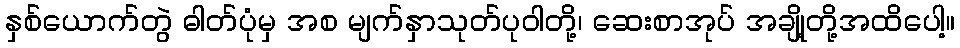
နှစ်ယောက်တွဲ ဓါတ်ပုံမှ အစ မျက်နှာသုတ်ပုဝါတို့၊ ဆေးစာအုပ် အချို့တို့အထိပေါ့။